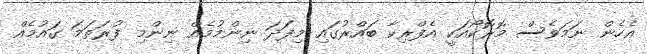
އެހެން ނަމަވެސް މޮރޮކޯއަކީ އެފްރިކާ ބައްރުގައި މިފަދަ ނިންމުމެއް ނިންމި ފުރަތަމަ ގައުމެއް